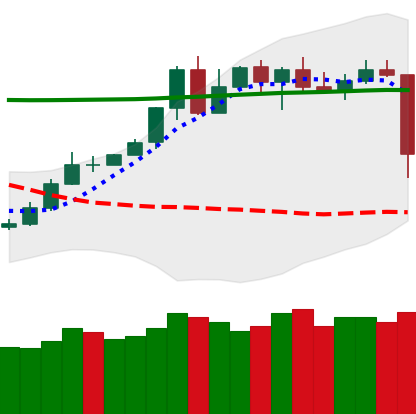
Ticker: TRX-USD
Chart end date: 2020-05-10
Forward return: 4.439%
Label: up_3_5